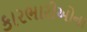
કારભારીઓના